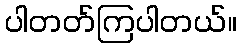
ပါတတ်ကြပါတယ်။